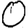
Digit: 0